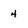
Character: 4